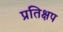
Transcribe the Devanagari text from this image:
प्रतिक्षप